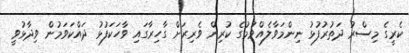
ކެރީގެ މިސްރު ދަތުރުފުޅު ނިންމަވާލެއްވުމުގެ ކުރިން ވެރިރަށް ގާހިރާގައި ވާހަކަފުޅު ދައްކަވަމުން ވިދާޅުވީ